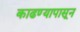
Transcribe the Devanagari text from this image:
काढण्यापासून